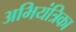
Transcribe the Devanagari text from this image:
अभियंत्रिका